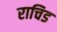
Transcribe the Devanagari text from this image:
राचिड